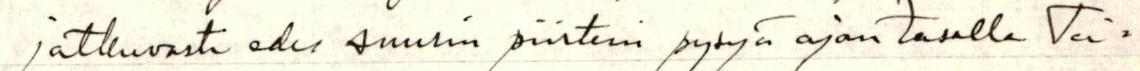
jatkuvasti edes suurin piirtein pysyä ajan tasalla Tei=